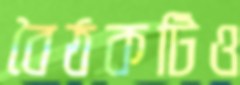
বৈঠকটিও